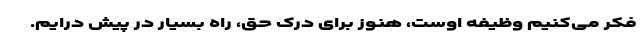
فکر می‌کنیم وظیفه اوست، هنوز برای درک حق، راه بسیار در پیش درایم.